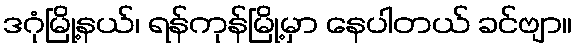
ဒဂုံမြို့နယ်၊ ရန်ကုန်မြို့မှာ နေပါတယ် ခင်ဗျာ။